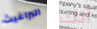
البراغيث أنك